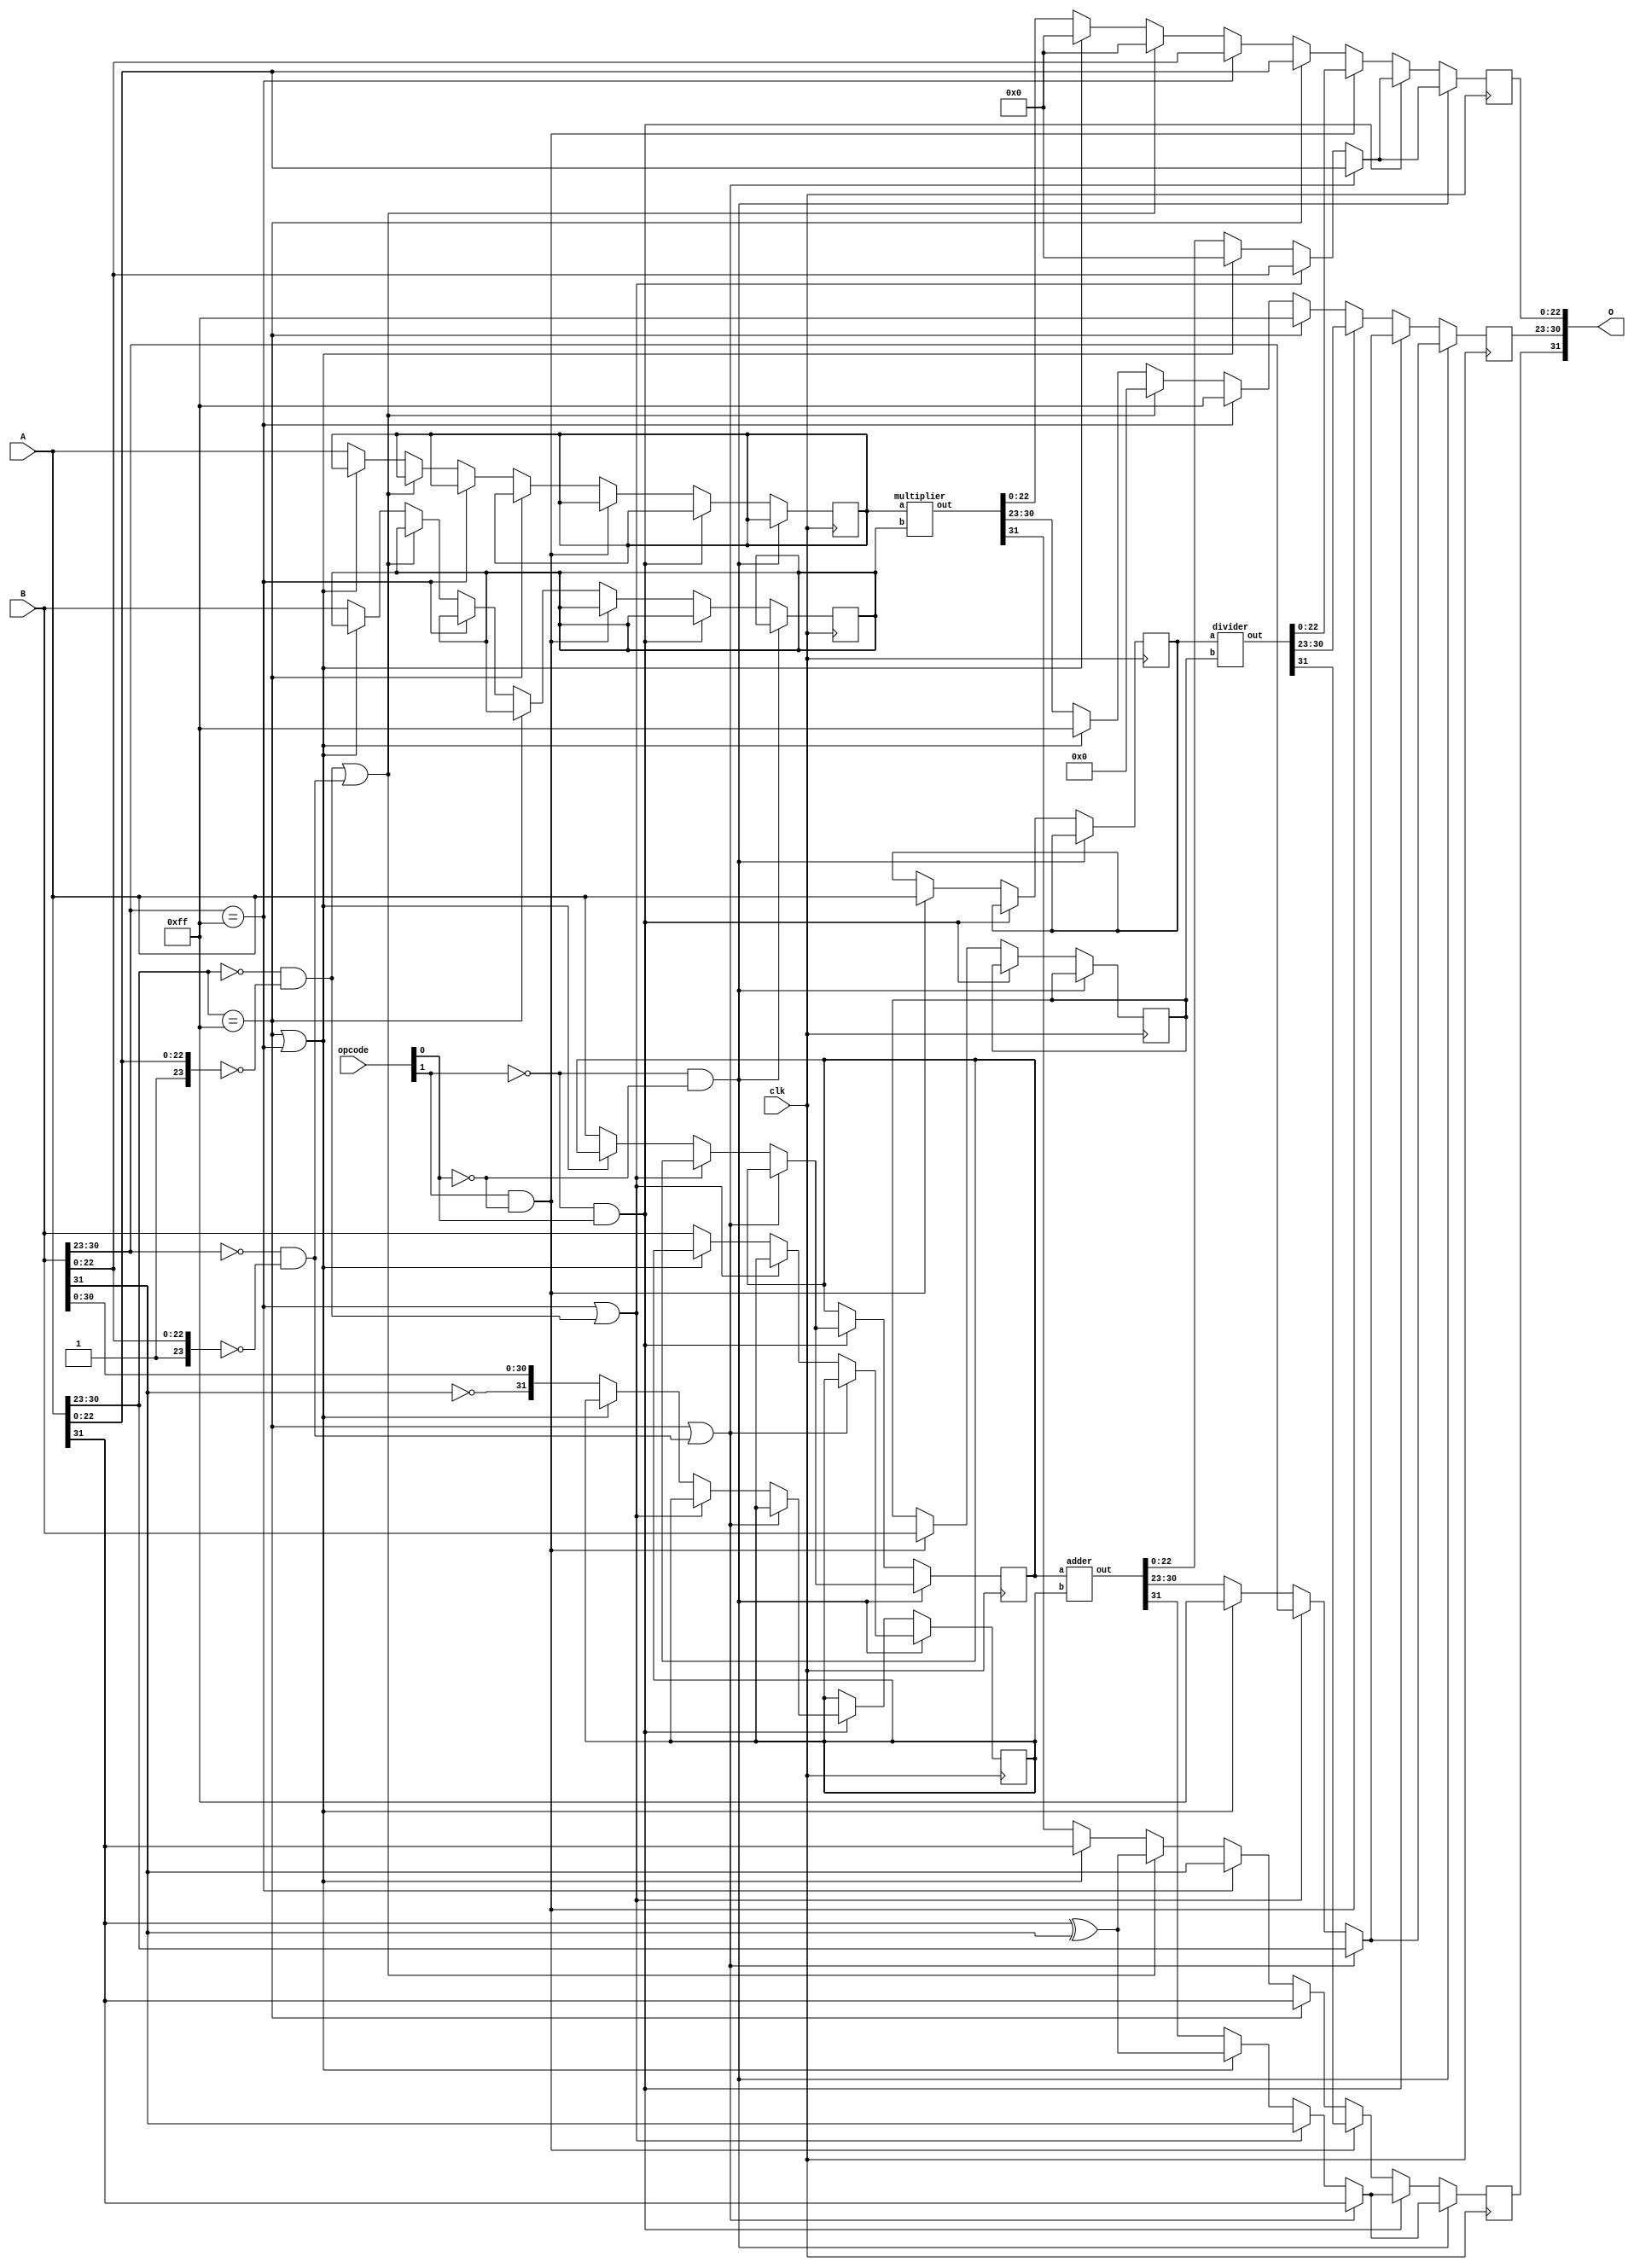
//IEEE 754 Single Precision ALU
module fpu(clk, A, B, opcode, O);
	input clk;
	input [31:0] A, B;
	input [1:0] opcode;
	output [31:0] O;

	wire [31:0] O;
	wire [7:0] a_exponent;
	wire [23:0] a_mantissa;
	wire [7:0] b_exponent;
	wire [23:0] b_mantissa;

	reg        o_sign;
	reg [7:0]  o_exponent;
	reg [24:0] o_mantissa;


	reg [31:0] adder_a_in;
	reg [31:0] adder_b_in;
	wire [31:0] adder_out;

	reg [31:0] multiplier_a_in;
	reg [31:0] multiplier_b_in;
	wire [31:0] multiplier_out;

	reg [31:0] divider_a_in;
	reg [31:0] divider_b_in;
	wire [31:0] divider_out;

	assign O[31] = o_sign;
	assign O[30:23] = o_exponent;
	assign O[22:0] = o_mantissa[22:0];

	assign a_sign = A[31];
	assign a_exponent[7:0] = A[30:23];
	assign a_mantissa[23:0] = {1'b1, A[22:0]};

	assign b_sign = B[31];
	assign b_exponent[7:0] = B[30:23];
	assign b_mantissa[23:0] = {1'b1, B[22:0]};

	assign ADD = !opcode[1] & !opcode[0];
	assign SUB = !opcode[1] & opcode[0];
	assign DIV = opcode[1] & !opcode[0];
	assign MUL = opcode[1] & opcode[0];

	adder A1
	(
		.a(adder_a_in),
		.b(adder_b_in),
		.out(adder_out)
	);

	multiplier M1
	(
		.a(multiplier_a_in),
		.b(multiplier_b_in),
		.out(multiplier_out)
	);

	divider D1
	(
		.a(divider_a_in),
		.b(divider_b_in),
		.out(divider_out)
	);

	always @ (posedge clk) begin
		if (ADD) begin
			//If a is NaN or b is zero return a
			if ((a_exponent == 255 && a_mantissa != 0) || (b_exponent == 0) && (b_mantissa == 0)) begin
				o_sign = a_sign;
				o_exponent = a_exponent;
				o_mantissa = a_mantissa;
			//If b is NaN or a is zero return b
			end else if ((b_exponent == 255 && b_mantissa != 0) || (a_exponent == 0) && (a_mantissa == 0)) begin
				o_sign = b_sign;
				o_exponent = b_exponent;
				o_mantissa = b_mantissa;
			//if a or b is inf return inf
			end else if ((a_exponent == 255) || (b_exponent == 255)) begin
				o_sign = a_sign ^ b_sign;
				o_exponent = 255;
				o_mantissa = 0;
			end else begin // Passed all corner cases
				adder_a_in = A;
				adder_b_in = B;
				o_sign = adder_out[31];
				o_exponent = adder_out[30:23];
				o_mantissa = adder_out[22:0];
			end
		end else if (SUB) begin
			//If a is NaN or b is zero return a
			if ((a_exponent == 255 && a_mantissa != 0) || (b_exponent == 0) && (b_mantissa == 0)) begin
				o_sign = a_sign;
				o_exponent = a_exponent;
				o_mantissa = a_mantissa;
			//If b is NaN or a is zero return b
			end else if ((b_exponent == 255 && b_mantissa != 0) || (a_exponent == 0) && (a_mantissa == 0)) begin
				o_sign = b_sign;
				o_exponent = b_exponent;
				o_mantissa = b_mantissa;
			//if a or b is inf return inf
			end else if ((a_exponent == 255) || (b_exponent == 255)) begin
				o_sign = a_sign ^ b_sign;
				o_exponent = 255;
				o_mantissa = 0;
			end else begin // Passed all corner cases
				adder_a_in = A;
				adder_b_in = {~B[31], B[30:0]};
				o_sign = adder_out[31];
				o_exponent = adder_out[30:23];
				o_mantissa = adder_out[22:0];
			end
		end else if (DIV) begin
			divider_a_in = A;
			divider_b_in = B;
			o_sign = divider_out[31];
			o_exponent = divider_out[30:23];
			o_mantissa = divider_out[22:0];
		end else begin //Multiplication
			//If a is NaN return NaN
			if (a_exponent == 255 && a_mantissa != 0) begin
				o_sign = a_sign;
				o_exponent = 255;
				o_mantissa = a_mantissa;
			//If b is NaN return NaN
			end else if (b_exponent == 255 && b_mantissa != 0) begin
				o_sign = b_sign;
				o_exponent = 255;
				o_mantissa = b_mantissa;
			//If a or b is 0 return 0
			end else if ((a_exponent == 0) && (a_mantissa == 0) || (b_exponent == 0) && (b_mantissa == 0)) begin
				o_sign = a_sign ^ b_sign;
				o_exponent = 0;
				o_mantissa = 0;
			//if a or b is inf return inf
			end else if ((a_exponent == 255) || (b_exponent == 255)) begin
				o_sign = a_sign;
				o_exponent = 255;
				o_mantissa = 0;
			end else begin // Passed all corner cases
				multiplier_a_in = A;
				multiplier_b_in = B;
				o_sign = multiplier_out[31];
				o_exponent = multiplier_out[30:23];
				o_mantissa = multiplier_out[22:0];
			end
		end
	end
endmodule


module adder(a, b, out);
  input  [31:0] a, b;
  output [31:0] out;

  wire [31:0] out;
	reg a_sign;
	reg [7:0] a_exponent;
	reg [23:0] a_mantissa;
	reg b_sign;
	reg [7:0] b_exponent;
	reg [23:0] b_mantissa;

  reg o_sign;
  reg [7:0] o_exponent;
  reg [24:0] o_mantissa;

  reg [7:0] diff;
  reg [23:0] tmp_mantissa;
  reg [7:0] tmp_exponent;


  reg  [7:0] i_e;
  reg  [24:0] i_m;
  wire [7:0] o_e;
  wire [24:0] o_m;
  
  reg [23:0] add_a_in;
  reg [23:0] add_b_in;
  reg cin;
  wire [24:0] add_out;

  addition_normaliser norm1
  (
    .in_e(i_e),
    .in_m(i_m),
    .out_e(o_e),
    .out_m(o_m)
  );
  
  fa_24b add1
  (
	.a(add_a_in),
	.b(add_b_in),
	.out(add_out)
  );

  assign out[31] = o_sign;
  assign out[30:23] = o_exponent;
  assign out[22:0] = o_mantissa[22:0];

  always @ ( * ) begin
		a_sign = a[31];
		if(a[30:23] == 0) begin
			a_exponent = 8'b00000001;
			a_mantissa = {1'b0, a[22:0]};
		end else begin
			a_exponent = a[30:23];
			a_mantissa = {1'b1, a[22:0]};
		end
		b_sign = b[31];
		if(b[30:23] == 0) begin
			b_exponent = 8'b00000001;
			b_mantissa = {1'b0, b[22:0]};
		end else begin
			b_exponent = b[30:23];
			b_mantissa = {1'b1, b[22:0]};
		end
    if (a_exponent == b_exponent) begin // Equal exponents
      o_exponent = a_exponent;
      if (a_sign == b_sign) begin // Equal signs = add
        //o_mantissa = a_mantissa + b_mantissa;
		add_a_in = a_mantissa;
		add_b_in = b_mantissa;
		o_mantissa = add_out;
        //Signify to shift
        o_mantissa[24] = 1;
        o_sign = a_sign;
      end else begin // Opposite signs = subtract
        if(a_mantissa > b_mantissa) begin
          o_mantissa = a_mantissa - b_mantissa;
		  // add_a_in = a_mantissa;
		  // add_b_in = ~b_mantissa;
		  // o_mantissa = add_out;		  
          o_sign = a_sign;
        end else begin
          o_mantissa = b_mantissa - a_mantissa;
		  // add_a_in = ~a_mantissa;
		  // add_b_in = b_mantissa;
		  // o_mantissa = add_out;
          o_sign = b_sign;
        end
      end
    end else begin //Unequal exponents
      if (a_exponent > b_exponent) begin // A is bigger
        o_exponent = a_exponent;
        o_sign = a_sign;
		diff = a_exponent - b_exponent;
		// add_a_in = {16'h00, a_exponent};
		// add_b_in = {16'h00, ~b_exponent};
		// diff = add_out[7:0];
        tmp_mantissa = b_mantissa >> diff;
        if (a_sign == b_sign) begin
          o_mantissa = a_mantissa + tmp_mantissa;
		  // add_a_in = a_mantissa;
		  // add_b_in = tmp_mantissa;
		  // o_mantissa = add_out;
		  end
        else begin
          	o_mantissa = a_mantissa - tmp_mantissa;
			// add_a_in = a_mantissa;
			// add_b_in = ~tmp_mantissa;
			// o_mantissa = add_out;
			end
      end else if (a_exponent < b_exponent) begin // B is bigger
        o_exponent = b_exponent;
        o_sign = b_sign;
        diff = b_exponent - a_exponent;
		// add_a_in = {16'h00, ~a_exponent};
		// add_b_in = {16'h00, b_exponent};
		// diff = add_out[7:0];
        tmp_mantissa = a_mantissa >> diff;
        if (a_sign == b_sign) begin
          o_mantissa = b_mantissa + tmp_mantissa;
		  // add_a_in = b_mantissa;
		  // add_b_in = tmp_mantissa;
		  // o_mantissa = add_out;
        end else begin
		  o_mantissa = b_mantissa - tmp_mantissa;
		  // add_a_in = b_mantissa;
		  // add_b_in = ~tmp_mantissa;
		  // o_mantissa = add_out;
        end
      end
    end
    if(o_mantissa[24] == 1) begin
      o_exponent = o_exponent + 1;
	  // add_a_in = {16'h00, o_exponent};
	  // add_b_in = 24'h01;
	  // o_exponent = add_out[7:0];
      o_mantissa = o_mantissa >> 1;
    end else if((o_mantissa[23] != 1) && (o_exponent != 0)) begin
      i_e = o_exponent;
      i_m = o_mantissa;
      o_exponent = o_e;
      o_mantissa = o_m;
    end
  end
endmodule

module multiplier(a, b, out);
  input  [31:0] a, b;
  output [31:0] out;

  wire [31:0] out;
	reg a_sign;
  reg [7:0] a_exponent;
  reg [23:0] a_mantissa;
	reg b_sign;
  reg [7:0] b_exponent;
  reg [23:0] b_mantissa;

  reg o_sign;
  reg [7:0] o_exponent;
  reg [24:0] o_mantissa;

	reg [47:0] product;

  assign out[31] = o_sign;
  assign out[30:23] = o_exponent;
  assign out[22:0] = o_mantissa[22:0];

	reg  [7:0] i_e;
	reg  [47:0] i_m;
	wire [7:0] o_e;
	wire [47:0] o_m;

	multiplication_normaliser norm1
	(
		.in_e(i_e),
		.in_m(i_m),
		.out_e(o_e),
		.out_m(o_m)
	);


  always @ ( * ) begin
		a_sign = a[31];
		if(a[30:23] == 0) begin
			a_exponent = 8'b00000001;
			a_mantissa = {1'b0, a[22:0]};
		end else begin
			a_exponent = a[30:23];
			a_mantissa = {1'b1, a[22:0]};
		end
		b_sign = b[31];
		if(b[30:23] == 0) begin
			b_exponent = 8'b00000001;
			b_mantissa = {1'b0, b[22:0]};
		end else begin
			b_exponent = b[30:23];
			b_mantissa = {1'b1, b[22:0]};
		end
    o_sign = a_sign ^ b_sign;
    o_exponent = a_exponent + b_exponent - 127;
    product = a_mantissa * b_mantissa;
		// Normalization
    if(product[47] == 1) begin
      o_exponent = o_exponent + 1;
      product = product >> 1;
    end else if((product[46] != 1) && (o_exponent != 0)) begin
      i_e = o_exponent;
      i_m = product;
      o_exponent = o_e;
      product = o_m;
    end
		o_mantissa = product[46:23];
	end
endmodule

module addition_normaliser(in_e, in_m, out_e, out_m);
  input [7:0] in_e;
  input [24:0] in_m;
  output [7:0] out_e;
  output [24:0] out_m;

  wire [7:0] in_e;
  wire [24:0] in_m;
  reg [7:0] out_e;
  reg [24:0] out_m;

  always @ ( * ) begin
		if (in_m[23:3] == 21'b000000000000000000001) begin
			out_e = in_e - 20;
			out_m = in_m << 20;
		end else if (in_m[23:4] == 20'b00000000000000000001) begin
			out_e = in_e - 19;
			out_m = in_m << 19;
		end else if (in_m[23:5] == 19'b0000000000000000001) begin
			out_e = in_e - 18;
			out_m = in_m << 18;
		end else if (in_m[23:6] == 18'b000000000000000001) begin
			out_e = in_e - 17;
			out_m = in_m << 17;
		end else if (in_m[23:7] == 17'b00000000000000001) begin
			out_e = in_e - 16;
			out_m = in_m << 16;
		end else if (in_m[23:8] == 16'b0000000000000001) begin
			out_e = in_e - 15;
			out_m = in_m << 15;
		end else if (in_m[23:9] == 15'b000000000000001) begin
			out_e = in_e - 14;
			out_m = in_m << 14;
		end else if (in_m[23:10] == 14'b00000000000001) begin
			out_e = in_e - 13;
			out_m = in_m << 13;
		end else if (in_m[23:11] == 13'b0000000000001) begin
			out_e = in_e - 12;
			out_m = in_m << 12;
		end else if (in_m[23:12] == 12'b000000000001) begin
			out_e = in_e - 11;
			out_m = in_m << 11;
		end else if (in_m[23:13] == 11'b00000000001) begin
			out_e = in_e - 10;
			out_m = in_m << 10;
		end else if (in_m[23:14] == 10'b0000000001) begin
			out_e = in_e - 9;
			out_m = in_m << 9;
		end else if (in_m[23:15] == 9'b000000001) begin
			out_e = in_e - 8;
			out_m = in_m << 8;
		end else if (in_m[23:16] == 8'b00000001) begin
			out_e = in_e - 7;
			out_m = in_m << 7;
		end else if (in_m[23:17] == 7'b0000001) begin
			out_e = in_e - 6;
			out_m = in_m << 6;
		end else if (in_m[23:18] == 6'b000001) begin
			out_e = in_e - 5;
			out_m = in_m << 5;
		end else if (in_m[23:19] == 5'b00001) begin
			out_e = in_e - 4;
			out_m = in_m << 4;
		end else if (in_m[23:20] == 4'b0001) begin
			out_e = in_e - 3;
			out_m = in_m << 3;
		end else if (in_m[23:21] == 3'b001) begin
			out_e = in_e - 2;
			out_m = in_m << 2;
		end else if (in_m[23:22] == 2'b01) begin
			out_e = in_e - 1;
			out_m = in_m << 1;
		end
  end
endmodule

module multiplication_normaliser(in_e, in_m, out_e, out_m);
  input [7:0] in_e;
  input [47:0] in_m;
  output [7:0] out_e;
  output [47:0] out_m;

  wire [7:0] in_e;
  wire [47:0] in_m;
  reg [7:0] out_e;
  reg [47:0] out_m;

  always @ ( * ) begin
	  if (in_m[46:41] == 6'b000001) begin
			out_e = in_e - 5;
			out_m = in_m << 5;
		end else if (in_m[46:42] == 5'b00001) begin
			out_e = in_e - 4;
			out_m = in_m << 4;
		end else if (in_m[46:43] == 4'b0001) begin
			out_e = in_e - 3;
			out_m = in_m << 3;
		end else if (in_m[46:44] == 3'b001) begin
			out_e = in_e - 2;
			out_m = in_m << 2;
		end else if (in_m[46:45] == 2'b01) begin
			out_e = in_e - 1;
			out_m = in_m << 1;
		end
  end
endmodule

module divider (a, b, out);
	input [31:0] a;
	input [31:0] b;
	output [31:0] out;

	wire [31:0] b_reciprocal;

	reciprocal recip
	(
		.in(b),
		.out(b_reciprocal)
	);

	multiplier mult
	(
		.a(a),
		.b(b_reciprocal),
		.out(out)
	);

endmodule

module reciprocal (in, out);
	input [31:0] in;

	output [31:0] out;

	wire [31:0] D;
	wire [31:0] N0;
	wire [31:0] N1;
	wire [31:0] N2;

	assign out[31] = in[31];
	assign out[22:0] = N2[22:0];
	assign out[30:23] = (D==9'b100000000)? 9'h102 - in[30:23] : 9'h101 - in[30:23];

	assign D = {1'b0, 8'h80, in[22:0]};

	wire [31:0] C1; //C1 = 48/17
	assign C1 = 32'h4034B4B5;
	wire [31:0] C2; //C2 = 32/17
	assign C2 = 32'h3FF0F0F1;
	wire [31:0] C3; //C3 = 2.0
	assign C3 = 32'h40000000;


	//Temporary connection wires
	wire [31:0] S0_2D_out;
	wire [31:0] S1_DN0_out;
	wire [31:0] S1_2min_DN0_out;
	wire [31:0] S2_DN1_out;
	wire [31:0] S2_2minDN1_out;

	wire [31:0] S0_N0_in;

	assign S0_N0_in = {~S0_2D_out[31], S0_2D_out[30:0]};

	//S0
	multiplier S0_2D
	(
		.a(C2),
		.b(D),
		.out(S0_2D_out)
	);

	adder S0_N0
	(
		.a(C1),
		.b(S0_N0_in),
		.out(N0)
	);

	//S1
	multiplier S1_DN0
	(
		.a(D),
		.b(N0),
		.out(S1_DN0_out)
	);

	adder S1_2minDN0
	(
		.a(C3),
		.b({~S1_DN0_out[31], S1_DN0_out[30:0]}),
		.out(S1_2min_DN0_out)
	);

	multiplier S1_N1
	(
		.a(N0),
		.b(S1_2min_DN0_out),
		.out(N1)
	);

	//S2
	multiplier S2_DN1
	(
		.a(D),
		.b(N1),
		.out(S2_DN1_out)
	);

	adder S2_2minDN1
	(
		.a(C3),
		.b({~S2_DN1_out[31], S2_DN1_out[30:0]}),
		.out(S2_2minDN1_out)
	);

	multiplier S2_N2
	(
		.a(N1),
		.b(S2_2minDN1_out),
		.out(N2)
	);

endmodule

module fa(a, b, cin, out, cout);
input a, b, cin;
output out, cout;
wire a, b, cin;
reg out, cout;
reg s1, c1, c2;
always@(*) begin

s1 = a ^ b;
c1 = a & b;
out = s1 ^ cin;
c2 = s1 & cin;
cout = c1 ^ c2;
end
endmodule

module fa_24b(a, b, out);
input [23:0] a, b;
output [24:0] out;
wire [23:0] a, b;

wire [24:0] out;
wire [22:0] c;

fa d0(a[0], b[0], 1'b0, out[0], c[0]);
fa d1(a[1], b[1], c[0], out[1], c[1]);
fa d2(a[2], b[2], c[1], out[2], c[2]);
fa d3(a[3], b[3], c[2], out[3], c[3]);
fa d4(a[4], b[4], c[3], out[4], c[4]);
fa d5(a[5], b[5], c[4], out[5], c[5]);
fa d6(a[6], b[6], c[5], out[6], c[6]);
fa d7(a[7], b[7], c[6], out[7], c[7]);
fa d8(a[8], b[8], c[7], out[8], c[8]);
fa d9(a[9], b[9], c[8], out[9], c[9]);
fa d10(a[10], b[10], c[9], out[10], c[10]);
fa d11(a[11], b[11], c[10], out[11], c[11]);
fa d12(a[12], b[12], c[11], out[12], c[12]);
fa d13(a[13], b[13], c[12], out[13], c[13]);
fa d14(a[14], b[14], c[13], out[14], c[14]);
fa d15(a[15], b[15], c[14], out[15], c[15]);
fa d16(a[16], b[16], c[15], out[16], c[16]);
fa d17(a[17], b[17], c[16], out[17], c[17]);
fa d18(a[18], b[18], c[17], out[18], c[18]);
fa d19(a[19], b[19], c[18], out[19], c[19]);
fa d20(a[20], b[20], c[19], out[20], c[20]);
fa d21(a[21], b[21], c[20], out[21], c[21]);
fa d22(a[22], b[22], c[21], out[22], c[22]);
fa d23(a[23], b[23], c[22], out[23], out[24]);
endmodule